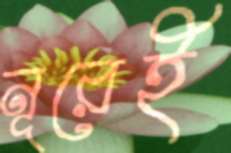
নূরেই